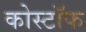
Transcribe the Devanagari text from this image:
कोस्टॉफ